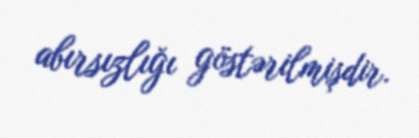
abırsızlığı göstərilmişdir.